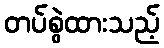
တပ်စွဲထားသည့်